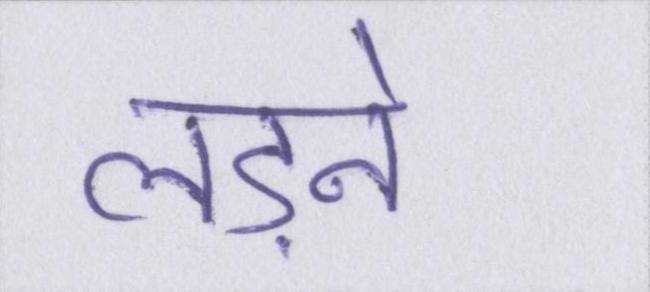
लड़ने